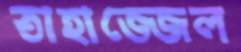
তাহাজ্জেল